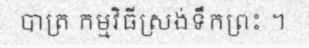
បាត្រ កម្មវិធីស្រង់ទឹកព្រះ ។